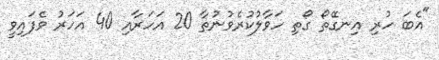
"އެބަ ހުރި އިނގޭތޯ ގޯތި ހަވާލުކުރެވުނުތާ 20 އަހަރާއި 40 އަހަރު ވެފައިވީ